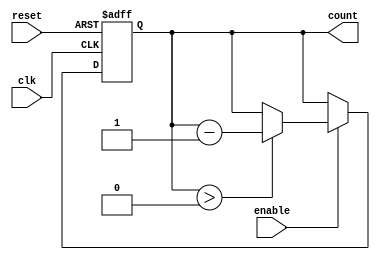
module down_counter_with_enable #(
    parameter N = 4 // Number of bits for the counter (default is 4 bits)
)(
    input wire clk,        // Clock signal
    input wire reset,      // Asynchronous reset signal
    input wire enable,     // Enable signal for decrementing the counter
    output reg [N-1:0] count // Current value of the counter
);

// Maximum value for the counter
localparam MAX_COUNT = (1 << N) - 1; // 2^N - 1

// Asynchronous reset and counter logic
always @(posedge clk or posedge reset) begin
    if (reset) begin
        count <= MAX_COUNT; // Reset to maximum value
    end else if (enable) begin
        if (count > 0) begin
            count <= count - 1; // Decrement the counter
        end
        // If count is zero and enable is high, it retains zero
    end
    // If enable is low, count retains its value
end

endmodule